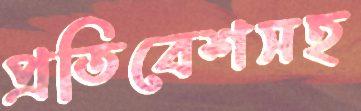
প্রতিবেশসহ